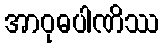
အာဝုဓပါဏိဿ